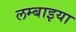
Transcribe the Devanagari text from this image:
लम्बाइया